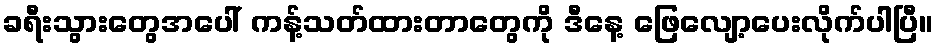
ခရီးသွားတွေအပေါ် ကန့်သတ်ထားတာတွေကို ဒီနေ့ ဖြေလျော့ပေးလိုက်ပါပြီ။